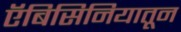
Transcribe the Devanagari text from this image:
ऍबिसिनियातून